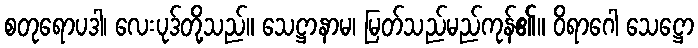
စတုရောပဒါ၊ လေးပုဒ်တို့သည်။ သေဋ္ဌာနာမ၊ မြတ်သည်မည်ကုန်၏။ ဝိရာဂေါ သေဋ္ဌော